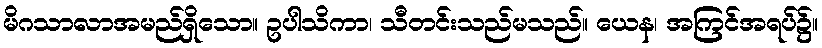
မိဂသာလာအမည်ရှိသော။ ဥပါသိကာ၊ သီတင်းသည်မသည်။ ယေန၊ အကြင်အရပ်၌။